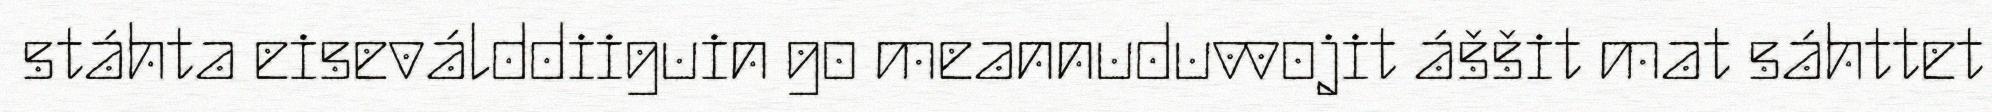
stáhta eiseválddiiguin go meannuduvvojit áššit mat sáhttet